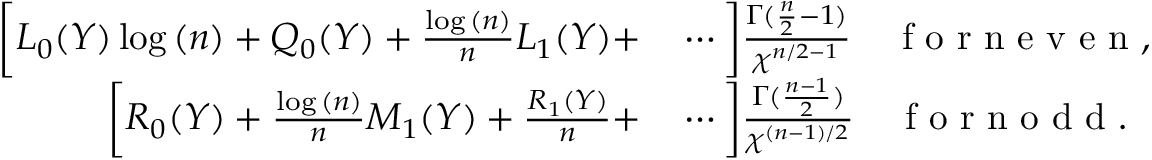
\begin{array} { r l } { \bigg [ L _ { 0 } ( Y ) \log { ( n ) } + Q _ { 0 } ( Y ) + \frac { \log { ( n ) } } { n } L _ { 1 } ( Y ) + } & { { } \cdots \bigg ] \frac { \Gamma ( \frac { n } { 2 } - 1 ) } { \chi ^ { n / 2 - 1 } } \quad \mathrm { ~ f ~ o ~ r ~ n ~ e ~ v ~ e ~ n ~ } , } \\ { \bigg [ R _ { 0 } ( Y ) + \frac { \log { ( n ) } } { n } M _ { 1 } ( Y ) + \frac { R _ { 1 } ( Y ) } { n } + } & { { } \cdots \bigg ] \frac { \Gamma ( \frac { n - 1 } { 2 } ) } { \chi ^ { ( n - 1 ) / 2 } } \quad \mathrm { ~ f ~ o ~ r ~ n ~ o ~ d ~ d ~ } . } \end{array}